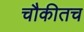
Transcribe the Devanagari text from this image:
चौकीतच